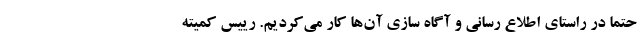
حتما در راستای اطلاع رسانی و آگاه سازی آن‌ها کار می‌کردیم. رییس کمیته